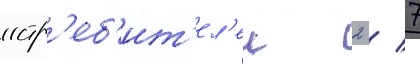
истр'еб'ит'ел'еи 2 / 7